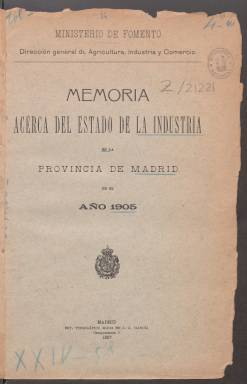
Título: Memoria acerca del estado de la industria en la provincia de Madrid
Colección: Anuarios e informes || Industria
Ámbito geográfico: Madrid
Lugar de publicación: Madrid
Fechas: 01/01/1905-31/12/1905